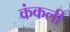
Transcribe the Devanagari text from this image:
कंकली